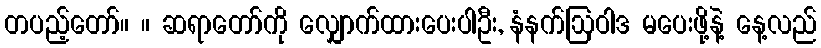
တပည့်တော်။ ။ ဆရာတော်ကို လျှောက်ထားပေးပါဦး, နံနက်ဩဝါဒ မပေးဖို့နဲ့ နေ့လည်